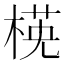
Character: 𣕺